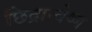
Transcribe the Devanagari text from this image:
छिद्रान्वेष्ण